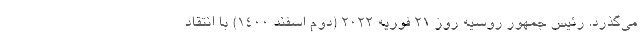
می‌گذرد. رئیس جمهور روسیه روز ۲۱ فوریه ۲۰۲۲ (دوم اسفند ۱۴۰۰) با انتقاد